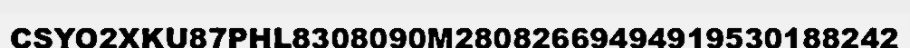
CSYO2XKU87PHL8308090M28082669494919530188242